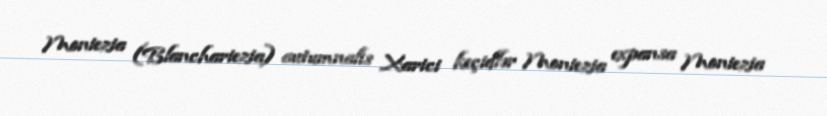
Moniezia (Blanchariezia) autumnalis Xarici keçidlər Moniezia expansa Moniezia